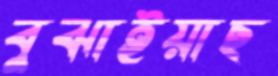
বুঝাইয়াছ